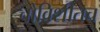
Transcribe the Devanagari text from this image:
चोविशीतच